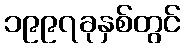
၁၉၉၇ခုနှစ်တွင်